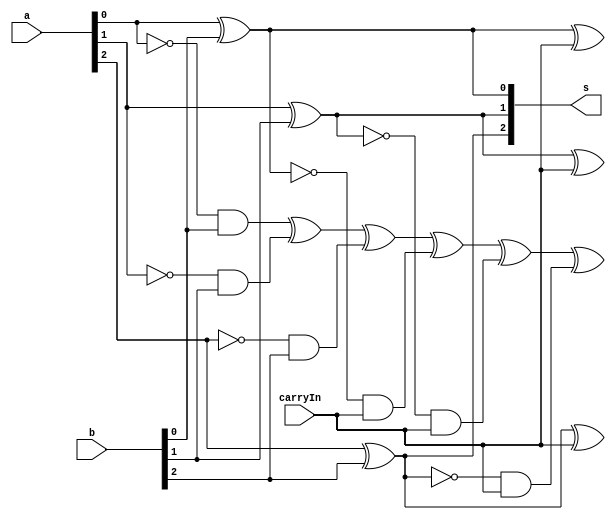

 // ------------------------- 
// Exemplo0022 - subtractor 
// Nome: Fernando dos Santos Silva  
// ------------------------- 
// ------------------------- 
// subtractor
// ------------------------- 
module subtractor(output [16:0]s, input [2:0]a, input [2:0]b, input carryIn); 


xor X1(s[0],a[0],b[0]);
xor X2(s[1],a[1],b[1]);
xor X3(s[2],a[2],b[2]);

and A1(s[7],~a[0],b[0]);
and A2(s[6],~a[1],b[1]);
and A3(s[5],~a[2],b[2]);


xor X4(s[11],s[0],carryIn);
xor X5(s[10],s[1],carryIn);
xor X6(s[9],s[2],carryIn);


and A5(s[15],~s[0],carryIn);
and A6(s[14],~s[1],carryIn);
and A7(s[13],~s[2],carryIn);


xor  O1(s[16],s[7],s[6],s[5],s[15],s[14],s[13]);


endmodule // subtractor 
module test_subtractor; 
// ------------------------- definir dados 
reg [2:0]x; 
reg  [2:0]y; 
reg carry; 
wire [16:0] soma; 


subtractor Sub(soma,x,y,carry);
// ------------------------- parte principal 
initial begin 
$display("Exemplo0022 - Fernando dos Santos Silva - 414506"); 
$display("Test ALU's full adder"); 
$display("x  -  y  = sinal resultado");
#1 x=4'b0000; y=4'b0000; carry=1'b0;
$monitor("%3b - %3b = %1b ", x,y,soma[8],soma[9],soma[10],soma[11]);    //soma[11:8]>>carry out,soma[16]>>saida
#1 x=4'b1010; y=4'b1101; carry=1'b0;
#1 x=4'b0111; y=4'b0011; carry=1'b0;
#1 x=4'b0100; y=4'b1011; carry=1'b0;


// projetar testes do somador complete 
end 
endmodule // test_subtractor